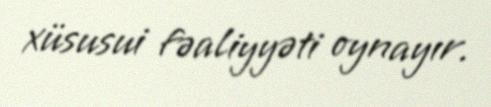
xüsusui fəaliyyəti oynayır.